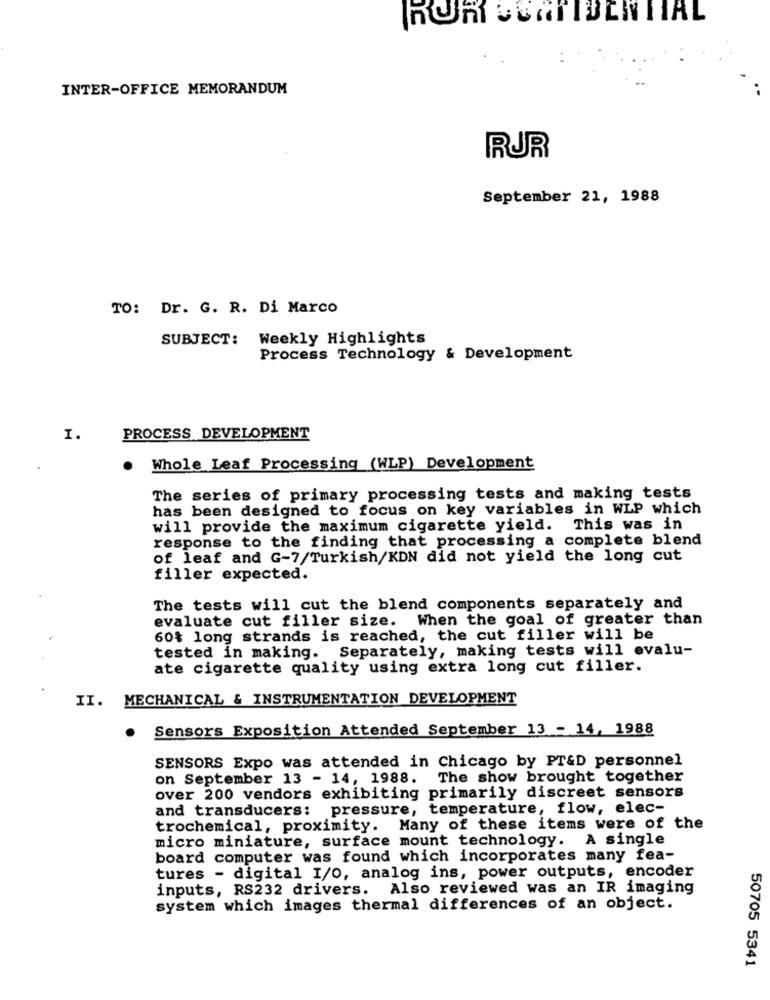
INTER-OFFICE MEMORANDUM
RJR
September 21, 1988
TO: Dr. G. R. Di Marco
SUBJECT: Weekly Highlights
Process Technology & Development
I.
PROCESS DEVELOPMENT
Whole Leaf Processing (WLP) Development
The series of primary processing tests and making tests
has been designed to focus on key variables in WLP which
will provide the maximum cigarette yield. This was in
response to the finding that processing a complete blend
of leaf and G-7/Turkish/KDN did not yield the long cut
filler expected.
The tests will cut the blend components separately and
evaluate cut filler size. When the goal of greater than
60% long strands is reached, the cut filler will be
tested in making. Separately, making tests will evalu-
ate cigarette quality using extra long cut filler.
II. MECHANICAL & INSTRUMENTATION DEVELOPMENT
Sensors Exposition Attended September 13 - 14, 1988
SENSORS Expo was attended in Chicago by PT&D personnel
on September 13 - 14, 1988. The show brought together
over 200 vendors exhibiting primarily discreet sensors
and transducers: pressure, temperature, flow, elec-
trochemical, proximity. Many of these items were of the
micro miniature, surface mount technology. A single
board computer was found which incorporates many fea-
tures - digital I/O, analog ins, power outputs, encoder
inputs, RS232 drivers. Also reviewed was an IR imaging
system which images thermal differences of an object.
50705 5341